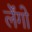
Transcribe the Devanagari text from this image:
र्लेंगो